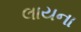
લાયના